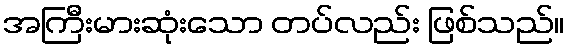
အကြီးမားဆုံးသော တပ်လည်း ဖြစ်သည်။